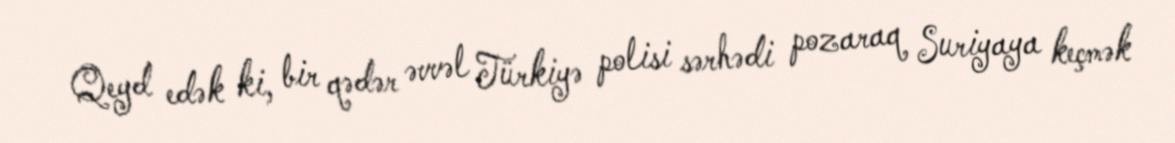
Qeyd edək ki, bir qədər əvvəl Türkiyə polisi sərhədi pozaraq Suriyaya keçmək